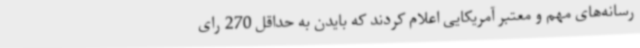
رسانه‌های مهم و معتبر آمریکایی اعلام کردند که بایدن به حداقل 270 رای